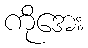
ကိုအေး